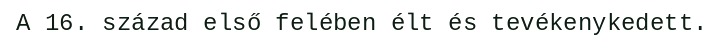
A 16. század első felében élt és tevékenykedett.